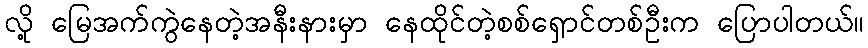
လို့ မြေအက်ကွဲနေတဲ့အနီးနားမှာ နေထိုင်တဲ့စစ်ရှောင်တစ်ဦးက ပြောပါတယ်။